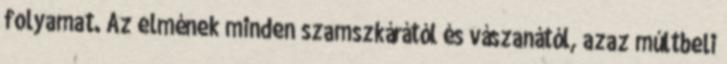
folyamat. Az elmének minden szamszkárától és vászanától, azaz múltbeli